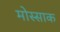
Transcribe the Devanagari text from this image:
मोस्साक